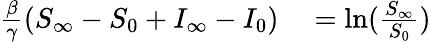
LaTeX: \begin{array}{rl}{\frac{\beta}{\gamma}(S_{\infty}-S_{0}+I_{\infty}-I_{0})}&{{}=\ln(\frac{S_{\infty}}{S_{0}})}\end{array}